Calcutta medical institutions reports 1892-1900
Year: 1892
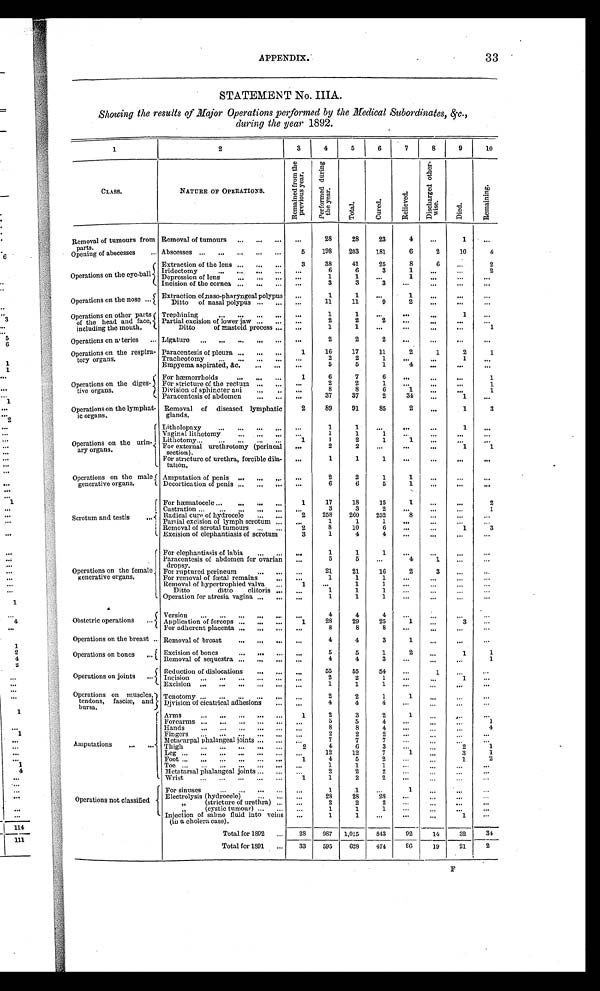
APPENDIX.
33
STATEMENT No. IIIA.
Showing the results of Major Operations performed by the Medical Subordinates, &c.,
during the year 1892.
1
2
3
4
5
6
7
8
9
10
C L A S S .
NATURE OF OPERATIONS.
R e m a i n e d f r o m t h e
p r e v i o u s y e a r .
P e r f o r m e d d u r i n g
t h e y e a r .
T o t a l .
C u r e d .
R e l i e v e d .
D i s c h a r g e d o t h e r -
w i s e .
D i e d .
R e m a i n i n g .
Removal of tumours from
p a r t s .
Removal of tumours
.
28
28
23
4
1
5 198 203 181
6
2
10
4
Abscesses
Opening of abscesses
Operations on the eye-ball
Extraction of the lens
3
38
41
25
8
6
2
I r i d e c t o m y
Depression of lens
6
6
3
1
2
of lens
1
1
1
Incision of the cornea
3
3
3
Operations on the nose
1
1
1
Extraction of naso-pharyngeal polypus D i t t o o f n a s a l p o l y p u s
11
11
9
2
Operations on other parts
of the head and face,
including the mouth.
Trephining
1
1
1
Partial excision of lower jaw
2
2
2
Ditto of mastoid process
1
1
1
Operations on a teries
Ligature
2
2
2
Operations on the respira-
tory organs.
Paracentesis of pleura
1
16
17
11
2
1
2
1
Tracheotomy
2
2
1
1
Empyema aspirated, &c.
5
5
1
4
Operations on the diges-
tive organs.
For hæmorrhoids 1
6
7
6
1
For stricture of the rectum
2
2
1
1
Division of sphincter ani
8
8
6
1
1
Paracentesis of abdomen
37
37
2
34
1
Operations on the lymphat-
ic organs.
Removal of diseased lymphatic
glands.
2
89
91
85
2
1
3
Operations on the urin-
ary organs.
Litholopaxy
1
1
1
Vaginal lithotomy
1
1
1
Lithotomy
1
1
2
1
1
For external urethrotomy (perineal
section).
2
2
1
1
For stricture of urethra, forcible dila-
tation.
1
1
1
Operations on the male
generative organs.
Amputation of penis
2
2
1
1
Decortication of penis
6
6
5
1
Scrotum and testis
For hæmatocele
1
17
18
15
1
2
Castration
3
3
2
1
Radical cure of hydrocele
2 258 260 252
8
Partial excision of lymph scrotum
1
1
1
Removal of scrotal tumours
2
8
10
6
1
3
Excision of elephantiasis of scrotum
3
1
4
4
Operations on the female
generative organs.
For elephantiasis of labia
1
1
1
Paracentesis of abdomen for ovarian
dropsy.
5
5
4
1
For ruptured perineum
21
16
2
3
For removal of fœtal remains
1
1
1
Removal of hypertrophied valva
1
1
1
Ditto ditto clitoris
1
1
1
Operation for atresia vagina
1
1
1
Obstetric operations
Version
4
4
4
Application of forceps
1 28
29
25
1
3
For adherent placenta
8
8
8
Operations on the breast Removal of breast
4
4
3
1
Operations on bones
Excision of bones
5
5
1
2
1
1
Removal of sequestra
4
4
3
1
Operations on joints
Reduction of dislocations
55
55
54
1
I n c i s i o n .
2
2
1
1
Excision
1
1
1
Operations on muscles,
tendons, fasciæ, and
bursa.
Tenotomy
2
2
1
1
Division of cicatrical adhesions
4
4
Amputations
Arms
1
2
3
2
1
F o r c a r m s
5
5
4
1
Hands
8
8
4
4
Fingers
2
2
2
Metacarpal phalangeal joints
7
7
7
Thigh
2
4
6
3
2
1
L e g
12
12
7
1
3
1
F o o t 1
4
5
2
1
2
Toe
1
1
1
Metatarsal phalangeal joints
2
2
2
Wrist
1
1
2
2
Operations not classified
For sinuses
1
1
1
Electrolysis (hydrocele)
28
28
28
„
(stricture of urethra)
2
2
2
„ ( c y s t i c t u m o u r )
1
1
1
Injection of saline fluid into veins
(in a cholera case).
1
1
1
Tot al f or 1892
28
9 8 7 1,015 843
9 2
1 4
32
3 4
Total for 1891 33 595 628 474
8 6 19
2 1
2